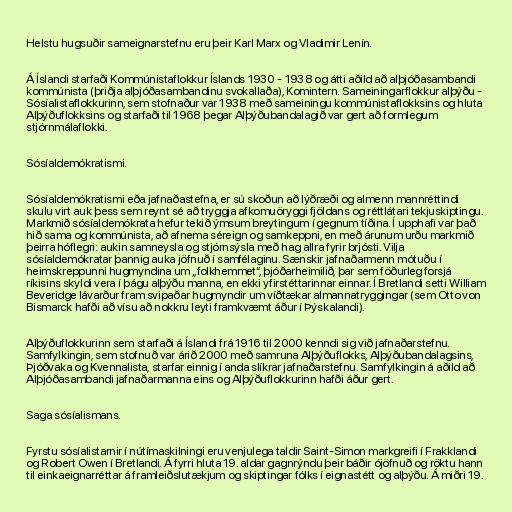
Helstu hugsuðir sameignarstefnu eru þeir Karl Marx og Vladimir Lenín.

Á Íslandi starfaði Kommúnistaflokkur Íslands 1930 - 1938 og átti aðild að alþjóðasambandi
kommúnista (þriðja alþjóðasambandinu svokallaða), Komintern. Sameiningarflokkur alþýðu -
Sósíalistaflokkurinn, sem stofnaður var 1938 með sameiningu kommúnistaflokksins og hluta
Alþýðuflokksins og starfaði til 1968 þegar Alþýðubandalagið var gert að formlegum
stjórnmálaflokki.

Sósíaldemókratismi.

Sósíaldemókratismi eða jafnaðastefna, er sú skoðun að lýðræði og almenn mannréttindi
skulu virt auk þess sem reynt sé að tryggja afkomuöryggi fjöldans og réttlátari tekjuskiptingu.
Markmið sósíaldemókrata hefur tekið ýmsum breytingum í gegnum tíðina. Í upphafi var það
hið sama og kommúnista, að afnema séreign og samkeppni, en með árunum urðu markmið
þeirra hóflegri: aukin samneysla og stjórnsýsla með hag allra fyrir brjósti. Vilja
sósíaldemókratar þannig auka jöfnuð í samfélaginu. Sænskir jafnaðarmenn mótuðu í
heimskreppunni hugmyndina um „folkhemmet“, þjóðarheimilið, þar sem föðurleg forsjá
ríkisins skyldi vera í þágu alþýðu manna, en ekki yfirstéttarinnar einnar. Í Bretlandi setti William
Beveridge lávarður fram svipaðar hugmyndir um víðtækar almannatryggingar (sem Otto von
Bismarck hafði að vísu að nokkru leyti framkvæmt áður í Þýskalandi).

Alþýðuflokkurinn sem starfaði á Íslandi frá 1916 til 2000 kenndi sig við jafnaðarstefnu.
Samfylkingin, sem stofnuð var árið 2000 með samruna Alþýðuflokks, Alþýðubandalagsins,
Þjóðvaka og Kvennalista, starfar einnig í anda slíkrar jafnaðarstefnu. Samfylkingin á aðild að
Alþjóðasambandi jafnaðarmanna eins og Alþýðuflokkurinn hafði áður gert.

Saga sósíalismans.

Fyrstu sósíalistarnir í nútímaskilningi eru venjulega taldir Saint-Simon markgreifi í Frakklandi
og Robert Owen í Bretlandi. Á fyrri hluta 19. aldar gagnrýndu þeir báðir ójöfnuð og röktu hann
til einkaeignarréttar á framleiðslutækjum og skiptingar fólks í eignastétt og alþýðu. Á miðri 19.